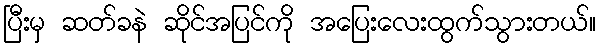
ပြီးမှ ဆတ်ခနဲ ဆိုင်အပြင်ကို အပြေးလေးထွက်သွားတယ်။